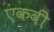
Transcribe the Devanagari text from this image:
एंकवी